Leaving Certificate Examination (including Day School Certificate (Higher) General paper), 1934
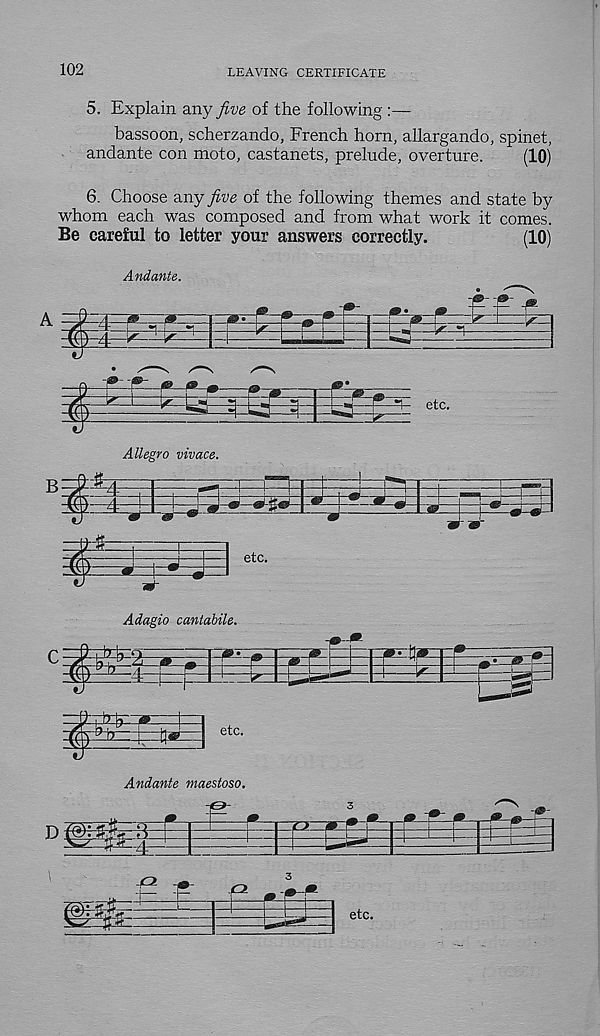
102
LEAVING CERTIFICATE
5. Explain any five of the following :—
bassoon, scherzando, French horn, allargando, spinet,
andante con moto, castanets, prelude, overture.
(10)
6. Choose any five of the following themes and state by
whom each was composed and from what work it comes.
Be careful to letter your answers correctly.
(10)
Andante.
-VH- >■
etc.
Allegro vivace.
Adagio cantabile.
Andante maestoso.